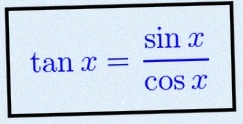
\tan x=\frac{\sin x}{\cos x}